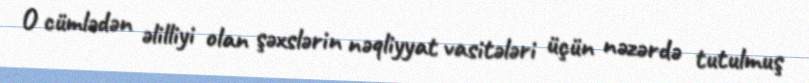
O cümlədən əlilliyi olan şəxslərin nəqliyyat vasitələri üçün nəzərdə tutulmuş